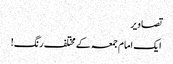
تصاویر
ایک امام جمعہ کے مختلف رنگ!